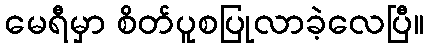
မေရီမှာ စိတ်ပူစပြုလာခဲ့လေပြီ။